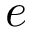
e